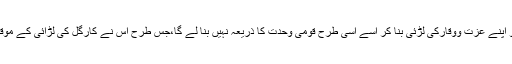
کیا بھارت اس کو اپنے عزت ووقارکی لڑئی بنا کر اسے اسی طرح قومی وحدت کا ذریعہ نہیں بنا لے گا،جس طرح اس نے کارگل کی لڑائی کے موقعہ پر کر لیا تھا؟